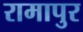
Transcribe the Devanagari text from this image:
रामापुर